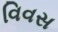
વિવસ